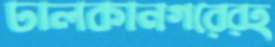
ঢালকানগরেরহ